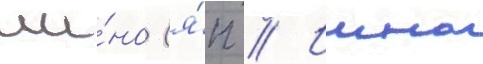
ии́но (я́п // Иино